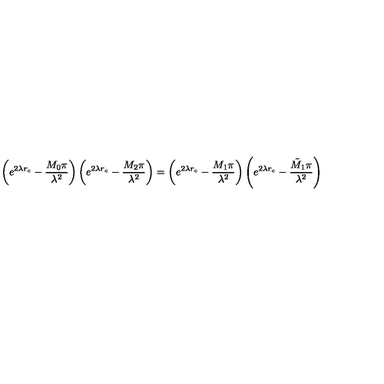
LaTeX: \left( e ^ { 2 \lambda r _ { c } } - \frac { M _ { 0 } \pi } { \lambda ^ { 2 } } \right) \left( e ^ { 2 \lambda r _ { c } } - \frac { M _ { 2 } \pi } { \lambda ^ { 2 } } \right) = \left( e ^ { 2 \lambda r _ { c } } - \frac { M _ { 1 } \pi } { \lambda ^ { 2 } } \right) \left( e ^ { 2 \lambda r _ { c } } - \frac { \tilde { M } _ { 1 } \pi } { \lambda ^ { 2 } } \right)